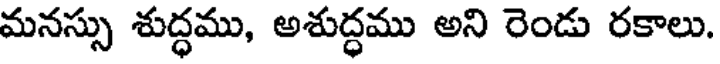
మనస్సు శుద్ధము, అశుద్ధము అని రెండు రకాలు.